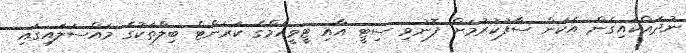
ނުދައްކައިގެން އެކަން ސާފުކުރުމަށް ފޮނުވި ސިޓީ އާއި ޓީވީއެމްގެ ކަރަންޓް ބިލްތަކުގެ މައްސަލައިގައި